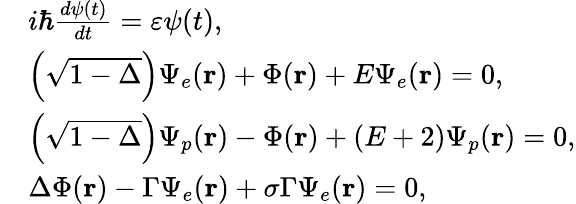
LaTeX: \begin{array}{rl}&{i\hbar\frac{{d\psi(t)}}{{dt}}=\varepsilon\psi(t),}\\ &{\left({\sqrt{1-\Delta}}\right){\Psi_{e}}({\mathbf{r}})+\Phi({\mathbf{r}})+E{\Psi_{e}}({\mathbf{r}})=0,}\\ &{\left({\sqrt{1-\Delta}}\right){\Psi_{p}}({\mathbf{r}})-\Phi({\mathbf{r}})+(E+2){\Psi_{p}}({\mathbf{r}})=0,}\\ &{\Delta\Phi({\mathbf{r}})-\Gamma{\Psi_{e}}({\mathbf{r}})+\sigma\Gamma{\Psi_{e}}({\mathbf{r}})=0,}\end{array}